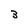
Character: 3